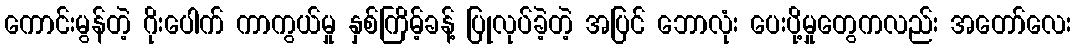
ကောင်းမွန်တဲ့ ဂိုးပေါက် ကာကွယ်မှု နှစ်ကြိမ့်ခန့် ပြုလုပ်ခဲ့တဲ့ အပြင် ဘောလုံး ပေးပို့မှုတွေကလည်း အတော်လေး